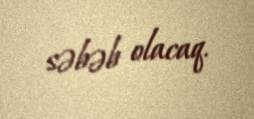
səbəb olacaq.